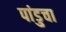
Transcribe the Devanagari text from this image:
पांडुचा